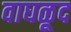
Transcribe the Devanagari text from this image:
वाघळूद